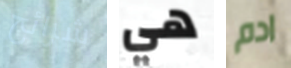
شرائح هي ادم